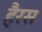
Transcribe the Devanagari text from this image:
हैरस